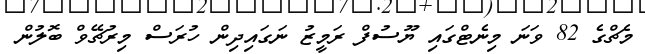
މެޗްގެ 82 ވަނަ މިނެޓްގައި ޔޫސުފް ރަމީޒު ނަގައިދިން ހުރަސް މިރުޗޭވް ބޮލުން